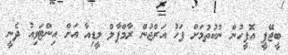
ބީޖޭޕީ އޮފީހުން ނުކުތުމަށް ފަހު އަރްޖުން ރާމްޕާލް މީޑިއާ އަށް އިންޓަވިއު ދެނީ